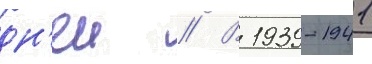
дн'еи // В 1939-1941